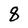
Character: 8